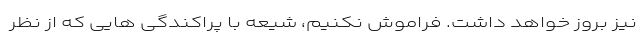
نیز بروز خواهد داشت. فراموش نکنیم، شیعه با پراکندگی هایی که از نظر